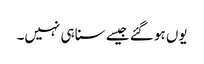
یوں ہو گئے جیسے سنا ہی نہیں۔